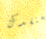
نفتقدك